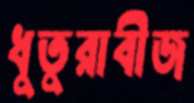
ধুতুরাবীজ